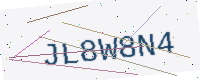
Text: JL8W8N4